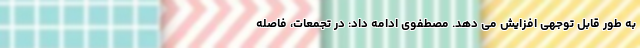
به طور قابل توجهی افزایش می دهد. مصطفوی ادامه داد: در تجمعات، فاصله